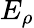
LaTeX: E_{\rho}